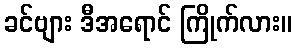
ခင်ဗျား ဒီအရောင် ကြိုက်လား။